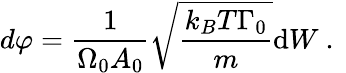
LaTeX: d\varphi=\frac{1}{\Omega_{0}A_{0}}\sqrt{\frac{k_{B}T\Gamma_{0}}{m}}\mathrm{d}W\mathrm{~.~}